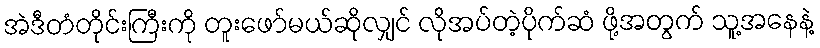
အဲဒီတံတိုင်းကြီးကို တူးဖော်မယ်ဆိုလျှင် လိုအပ်တဲ့ပိုက်ဆံ ဖို့အတွက် သူ့အနေနဲ့